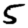
Digit: 5